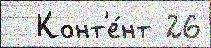
  Конт'е́нт 26